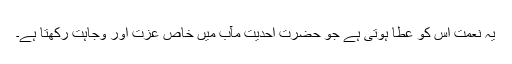
یہ نعمت اس کو عطا ہوتی ہے جو حضرت احدیت مآب میں خاص عزت اور وجاہت رکھتا ہے۔